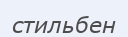
стильбен